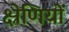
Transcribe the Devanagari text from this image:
क्ष्रेणियों